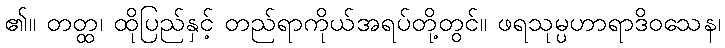
၏။ တတ္ထ၊ ထိုပြည်နှင့် တည်ရာကိုယ်အရပ်တို့တွင်။ ဖရသုမ္ပဟာရာဒိဝသေန၊